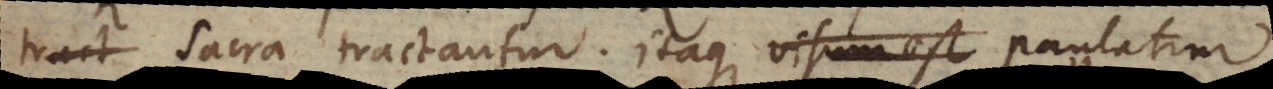
tract Sacra tractantur. Itaque visum est paulatim